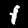
Digit: 1